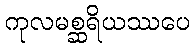
ကုလမစ္ဆရိယဿပေ